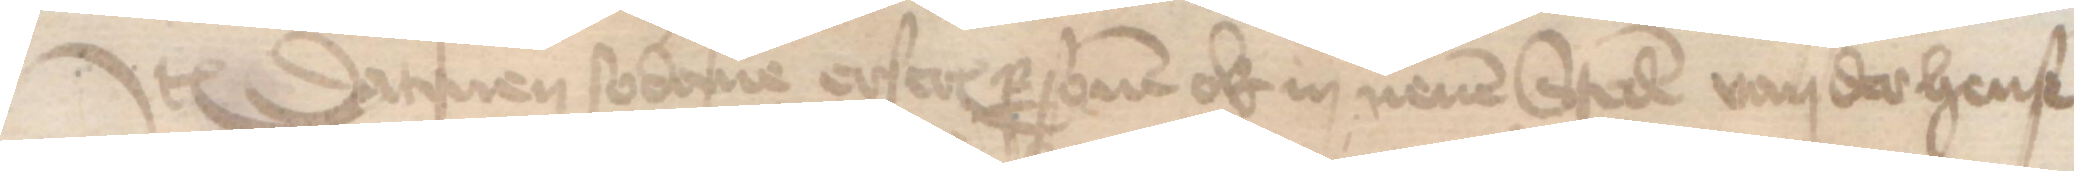
Jtem Datmen sodane erscreuen personen ok in nenen Steden van der hense